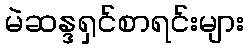
မဲဆန္ဒရှင်စာရင်းများ